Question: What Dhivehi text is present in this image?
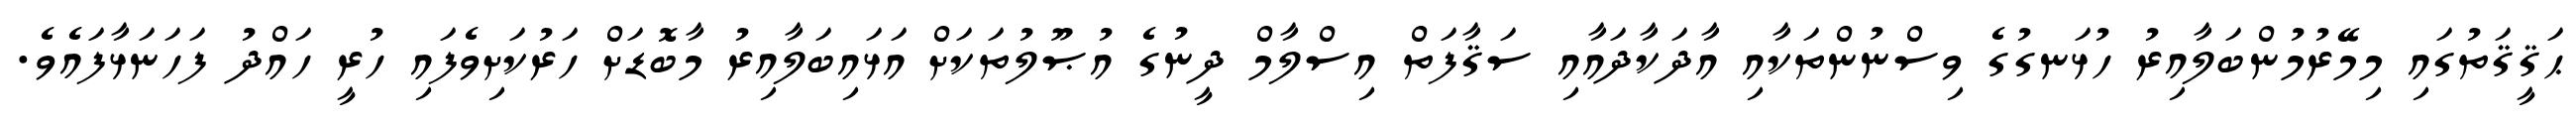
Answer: ޙަޤީޤަތުގައި މިމޭރުމުންބަލާއިރު ހުޅަނގުގެ ވިސްނުންތަކާއި އާދަކާދައާއި ސަޤާފަތް އިސްލާމް ދީނުގެ އުޞޫލުތަކަށް އަޅައިބަލާއިރު މާބޮޑަށް ހަރުކަށިވެފައި ހުރީ ހައްދު ފަހަނަޅާފައެވެ.